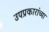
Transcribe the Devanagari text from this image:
उपप्रकारांच्या